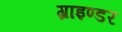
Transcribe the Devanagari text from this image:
ग्राइण्डर